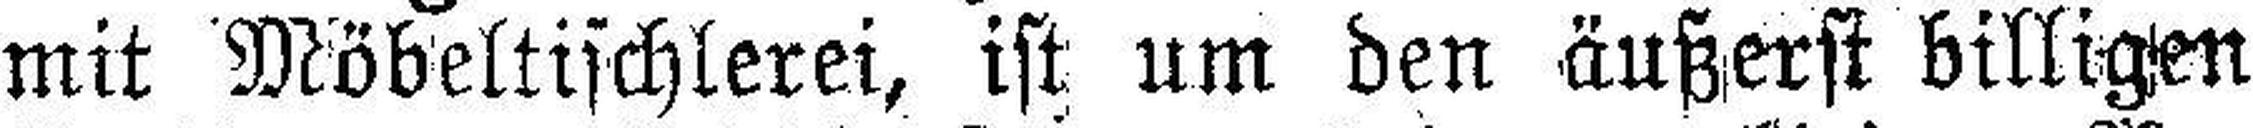
mit Möbeltischlerei, ist um den äußerst billigen